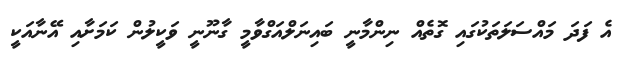
އެ ފަދަ މައްސަލަތަކުގައި ގޮތެއް ނިންމާނީ ބައިނަލްއަގްވާމީ ގާނޫނީ ވަކީލުން ކަމަށާއި އޭނާއަކީ